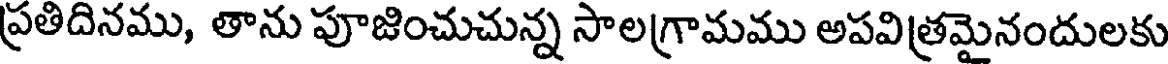
ప్రతిదినము, తాను పూజించుచున్న సాలగ్రామము అపవిత్రమైనందులకు